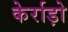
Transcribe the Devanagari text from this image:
केर्राड़ो